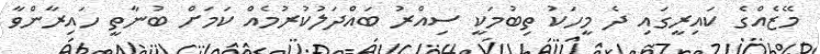
މޭޒެއްގެ ކައިރީގައި ދެ މީހަކު ތިބުމަކީ ސިއްރު ބައްދަލުކުރުމެއް ކަމަށް ބުނާތީ ހައިރާންވާ